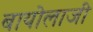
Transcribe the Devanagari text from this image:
बायोलाजी